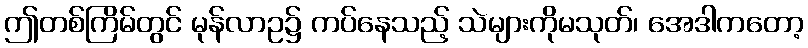
ဤတစ်ကြိမ်တွင် မုန်လာဥ၌ ကပ်နေသည့် သဲများကိုမသုတ်၊ အေဒါကတော့